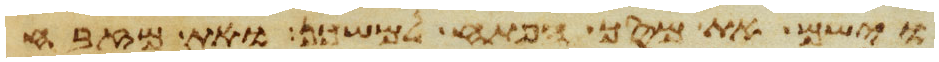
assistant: וישם את מסך הפתח למשכן ואת מזבח